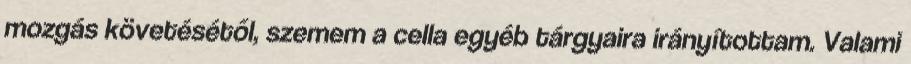
mozgás követésétől, szemem a cella egyéb tárgyaira irányítottam. Valami